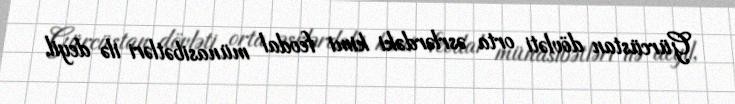
Gürcüstan dövləti orta əsrlərdəki kimi feodal münasibətləri ilə deyil,